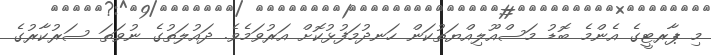
މި ޕާރޓީގެ އެންމެ ބޮޑު މަސްއޫލިއްޔަތުކަން ހަނދުމަފުޅުކޮށް އަރުވަމެވެ. ދައުލަތުގެ ނުވަތަ ސަރުކާރުގެ